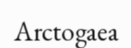
Arctogaea